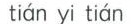
tián yi tián